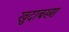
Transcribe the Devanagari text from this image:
खुदाबख्श